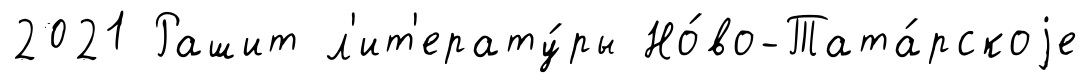
2021 Рашит л'ит'ерату́ры Но́во-Тата́рскоjе